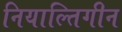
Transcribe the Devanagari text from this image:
नियाल्तिगीन